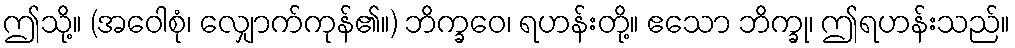
ဤသို့။ (အဝေါစုံ၊ လျှောက်ကုန်၏။) ဘိက္ခဝေ၊ ရဟန်းတို့။ ဧသော ဘိက္ခု၊ ဤရဟန်းသည်။